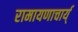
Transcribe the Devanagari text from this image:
रामायणाचार्य्